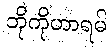
ဘိုကိုဟာရမ်